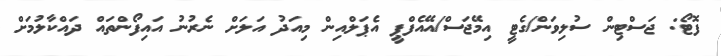
ފޮޓޯ: ޖަސްޓިން ސުލިވަން/ގެޓީ އިމޭޖަސް/އޭއެފްޕީ އެޕަލްއިން މިއަދު އަލަށް ނެރުނު އައިފޯންތައް ދައްކާލުމަށް